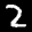
Label: 2